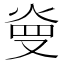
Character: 𤈬